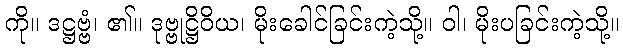
ကို။ ဒဋ္ဌဗ္ဗံ၊ ၏။ ဒုဗ္ဗုဋ္ဌိဝိယ၊ မိုးခေါင်ခြင်းကဲ့သို့။ ဝါ၊ မိုးပခြင်းကဲ့သို့။